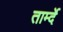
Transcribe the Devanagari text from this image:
तार्म्दे